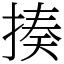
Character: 揍